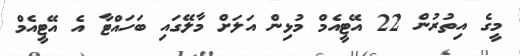
މީގެ އިތުރުން 22 އޭޓީއެމް މުޅިން އަލަށް މާލޭގައި ބަހައްޓާ އެ އޭޓީއެމް